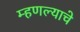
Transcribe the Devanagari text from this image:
म्हणल्याचे